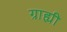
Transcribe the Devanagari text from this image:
ग्राह्यी